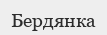
Бердянка